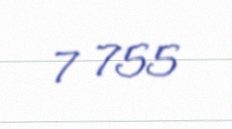
7 755